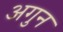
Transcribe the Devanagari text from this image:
अगुन